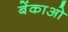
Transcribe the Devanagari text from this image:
बेंकाओ